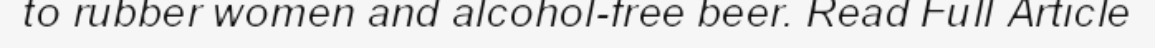
to rubber women and alcohol-free beer. Read Full Article